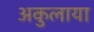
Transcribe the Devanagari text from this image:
अकुलाया